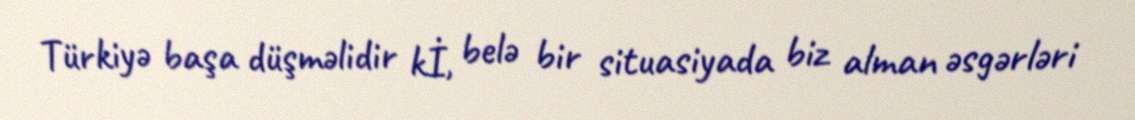
Türkiyə başa düşməlidir kİ, belə bir situasiyada biz alman əsgərləri